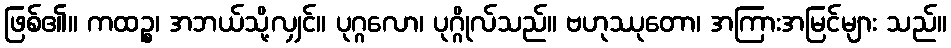
ဖြစ်၏။ ကထဉ္စ၊ အဘယ်သို့လျှင်။ ပုဂ္ဂလော၊ ပုဂ္ဂိုလ်သည်။ ဗဟုဿုတော၊ အကြားအမြင်များ သည်။